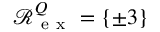
\mathcal R _ { \mathrm { ~ e ~ x ~ } } ^ { Q } = \{ \pm 3 \}